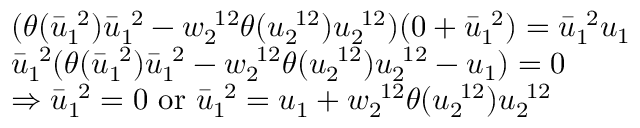
\begin{array} { r l } & { ( \theta ( \bar { u } _ { 1 \ } ^ { \ 2 } ) \bar { u } _ { 1 \ } ^ { \ 2 } - w _ { 2 \ } ^ { \ 1 2 } \theta ( u _ { 2 \ } ^ { \ 1 2 } ) u _ { 2 \ } ^ { \ 1 2 } ) ( 0 + \bar { u } _ { 1 \ } ^ { \ 2 } ) = \bar { u } _ { 1 \ } ^ { \ 2 } u _ { 1 } } \\ & { \bar { u } _ { 1 \ } ^ { \ 2 } ( \theta ( \bar { u } _ { 1 \ } ^ { \ 2 } ) \bar { u } _ { 1 \ } ^ { \ 2 } - w _ { 2 \ } ^ { \ 1 2 } \theta ( u _ { 2 \ } ^ { \ 1 2 } ) u _ { 2 \ } ^ { \ 1 2 } - u _ { 1 } ) = 0 } \\ & { \Rightarrow \bar { u } _ { 1 \ } ^ { \ 2 } = 0 \mathrm { ~ o r ~ } \bar { u } _ { 1 \ } ^ { \ 2 } = u _ { 1 } + w _ { 2 \ } ^ { \ 1 2 } \theta ( u _ { 2 \ } ^ { \ 1 2 } ) u _ { 2 \ } ^ { \ 1 2 } } \end{array}